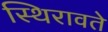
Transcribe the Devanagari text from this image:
स्थिरावते